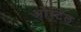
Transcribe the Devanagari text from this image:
ओरटेल